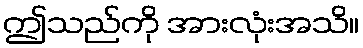
ဤသည်ကို အားလုံးအသိ။